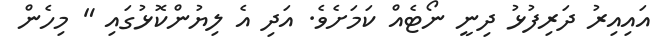
އައިއިރު ދަރިފުޅު ދިނީ ނޯޓެއް ކަމަށެވެ. އަދި އެ ލިޔުންކޮޅުގައި " މިހެން